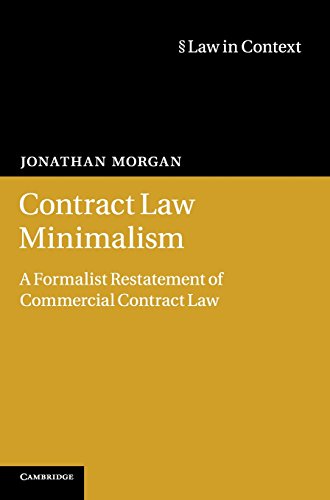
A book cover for Contract Law Minimalism: A Formalist Restatement of Commercial Contract Law (Law in Context); Dr Jonathan Morgan; Law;